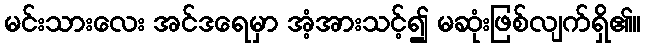
မင်းသားလေး အင်ဒရေမှာ အံ့အားသင့်၍ မဆုံးဖြစ်လျက်ရှိ၏။